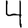
Digit: 4